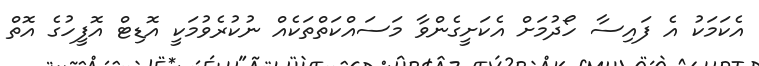
އެކަމަކު އެ ފައިސާ ހޯދުމަށް އެކަށީގެންވާ މަސައްކަތްތަކެއް ނުކުރެވުމަކީ އޮޑިޓް އޮފީހުގެ އޮތް